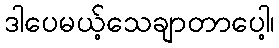
ဒါပေမယ့်သေချာတာပေါ့၊